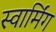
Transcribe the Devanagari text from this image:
स्वार्मिंग